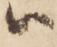
被